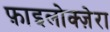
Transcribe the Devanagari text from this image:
फ़ाइलोक्ज़ेरा